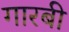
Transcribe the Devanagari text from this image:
गारबी